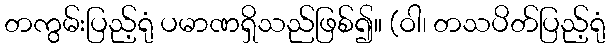
တကွမ်းပြည့်ရုံ ပမာဏရှိသည်ဖြစ်၍။ (ဝါ၊ တသပိတ်ပြည့်ရုံ